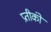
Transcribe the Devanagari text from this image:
प्रतीकोंं